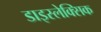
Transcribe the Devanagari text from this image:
डाइस्लेक्सिक